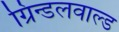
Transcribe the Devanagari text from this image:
ग्रिन्डलवाल्ड